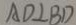
A D \bot B D